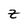
Character: Z